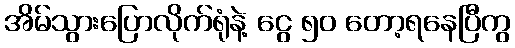
အိမ်သွားပြောလိုက်ရုံနဲ့ ငွေ ၅၀ တော့ရနေပြီကွ